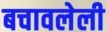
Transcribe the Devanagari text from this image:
बचावलेली